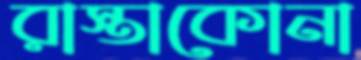
রাস্তাকোনা